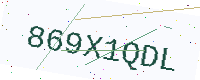
Text: 869X1QDL